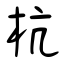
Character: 杭